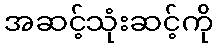
အဆင့်သုံးဆင့်ကို